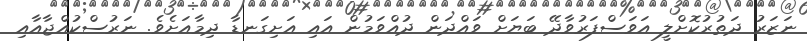
ނަޒަރު ދަތުރުކޮށްލީ އަވަސްފަރުވާދޭ ބަޔަށް ވައްދަން ދުއްވަމުން އައި އަށިގަނޑާ ދިމާއަށެވެ. ނަރުސްކުއްޖާއާއި